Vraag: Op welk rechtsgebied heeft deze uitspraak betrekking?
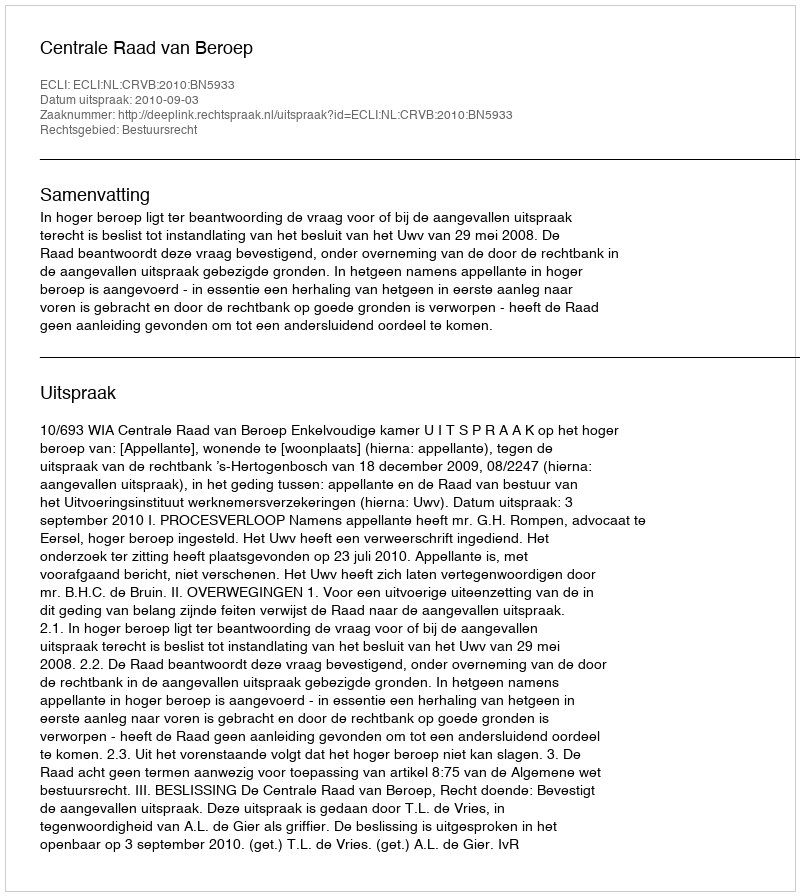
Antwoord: Bestuursrecht